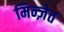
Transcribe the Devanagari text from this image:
मिन्ज़ेत